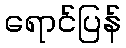
ရောင်ပြန်